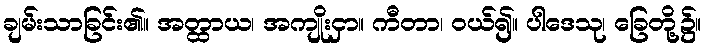
ချမ်းသာခြင်း၏။ အတ္ထာယ၊ အကျိုးငှာ။ ကီတာ၊ ဝယ်၍။ ပါဒေသု၊ ခြေတို့၌။